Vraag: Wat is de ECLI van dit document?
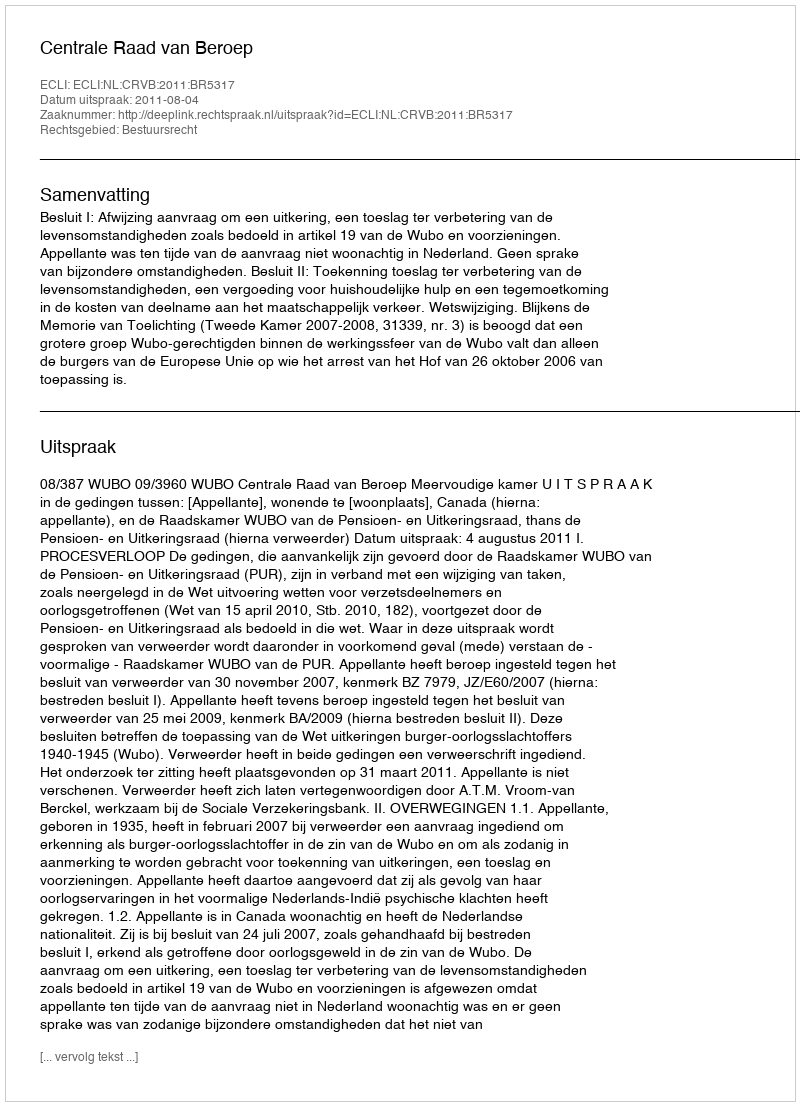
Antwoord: ECLI:NL:CRVB:2011:BR5317